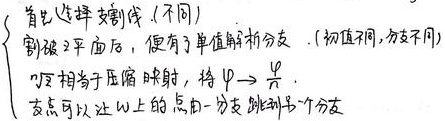
首先选择割线（不同）割破平面后，便有了单值解析分支.（初值不同，分支不同）\(\varphi\) 相当于压缩映射，待 \(\varphi\rightarrow\frac{\pi}{2}\)。支点可以让 \(w\) 上的点由一分支跳到另一个分支